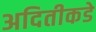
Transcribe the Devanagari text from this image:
अदितीकडे